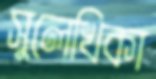
সুলেখিকা